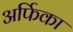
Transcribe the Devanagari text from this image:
अर्फिका